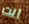
انت